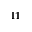
^ { 1 1 }